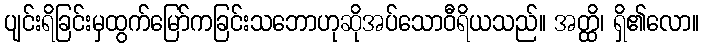
ပျင်းရိခြင်းမှထွက်မြော်ကခြင်းသဘောဟုဆိုအပ်သောဝီရိယသည်။ အတ္ထိ၊ ရှိ၏လော။